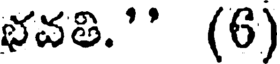
భవతి." (6)